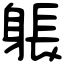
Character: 躼